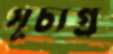
সূচ্যগ্র